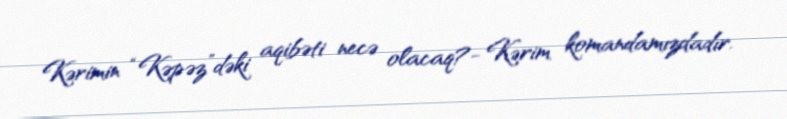
Kərimin “Kəpəz”dəki aqibəti necə olacaq?- Kərim komandamızdadır.